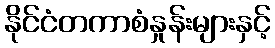
နိုင်ငံတကာစံနှုန်းများနှင့်